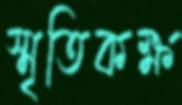
স্মৃতিকক্ষ